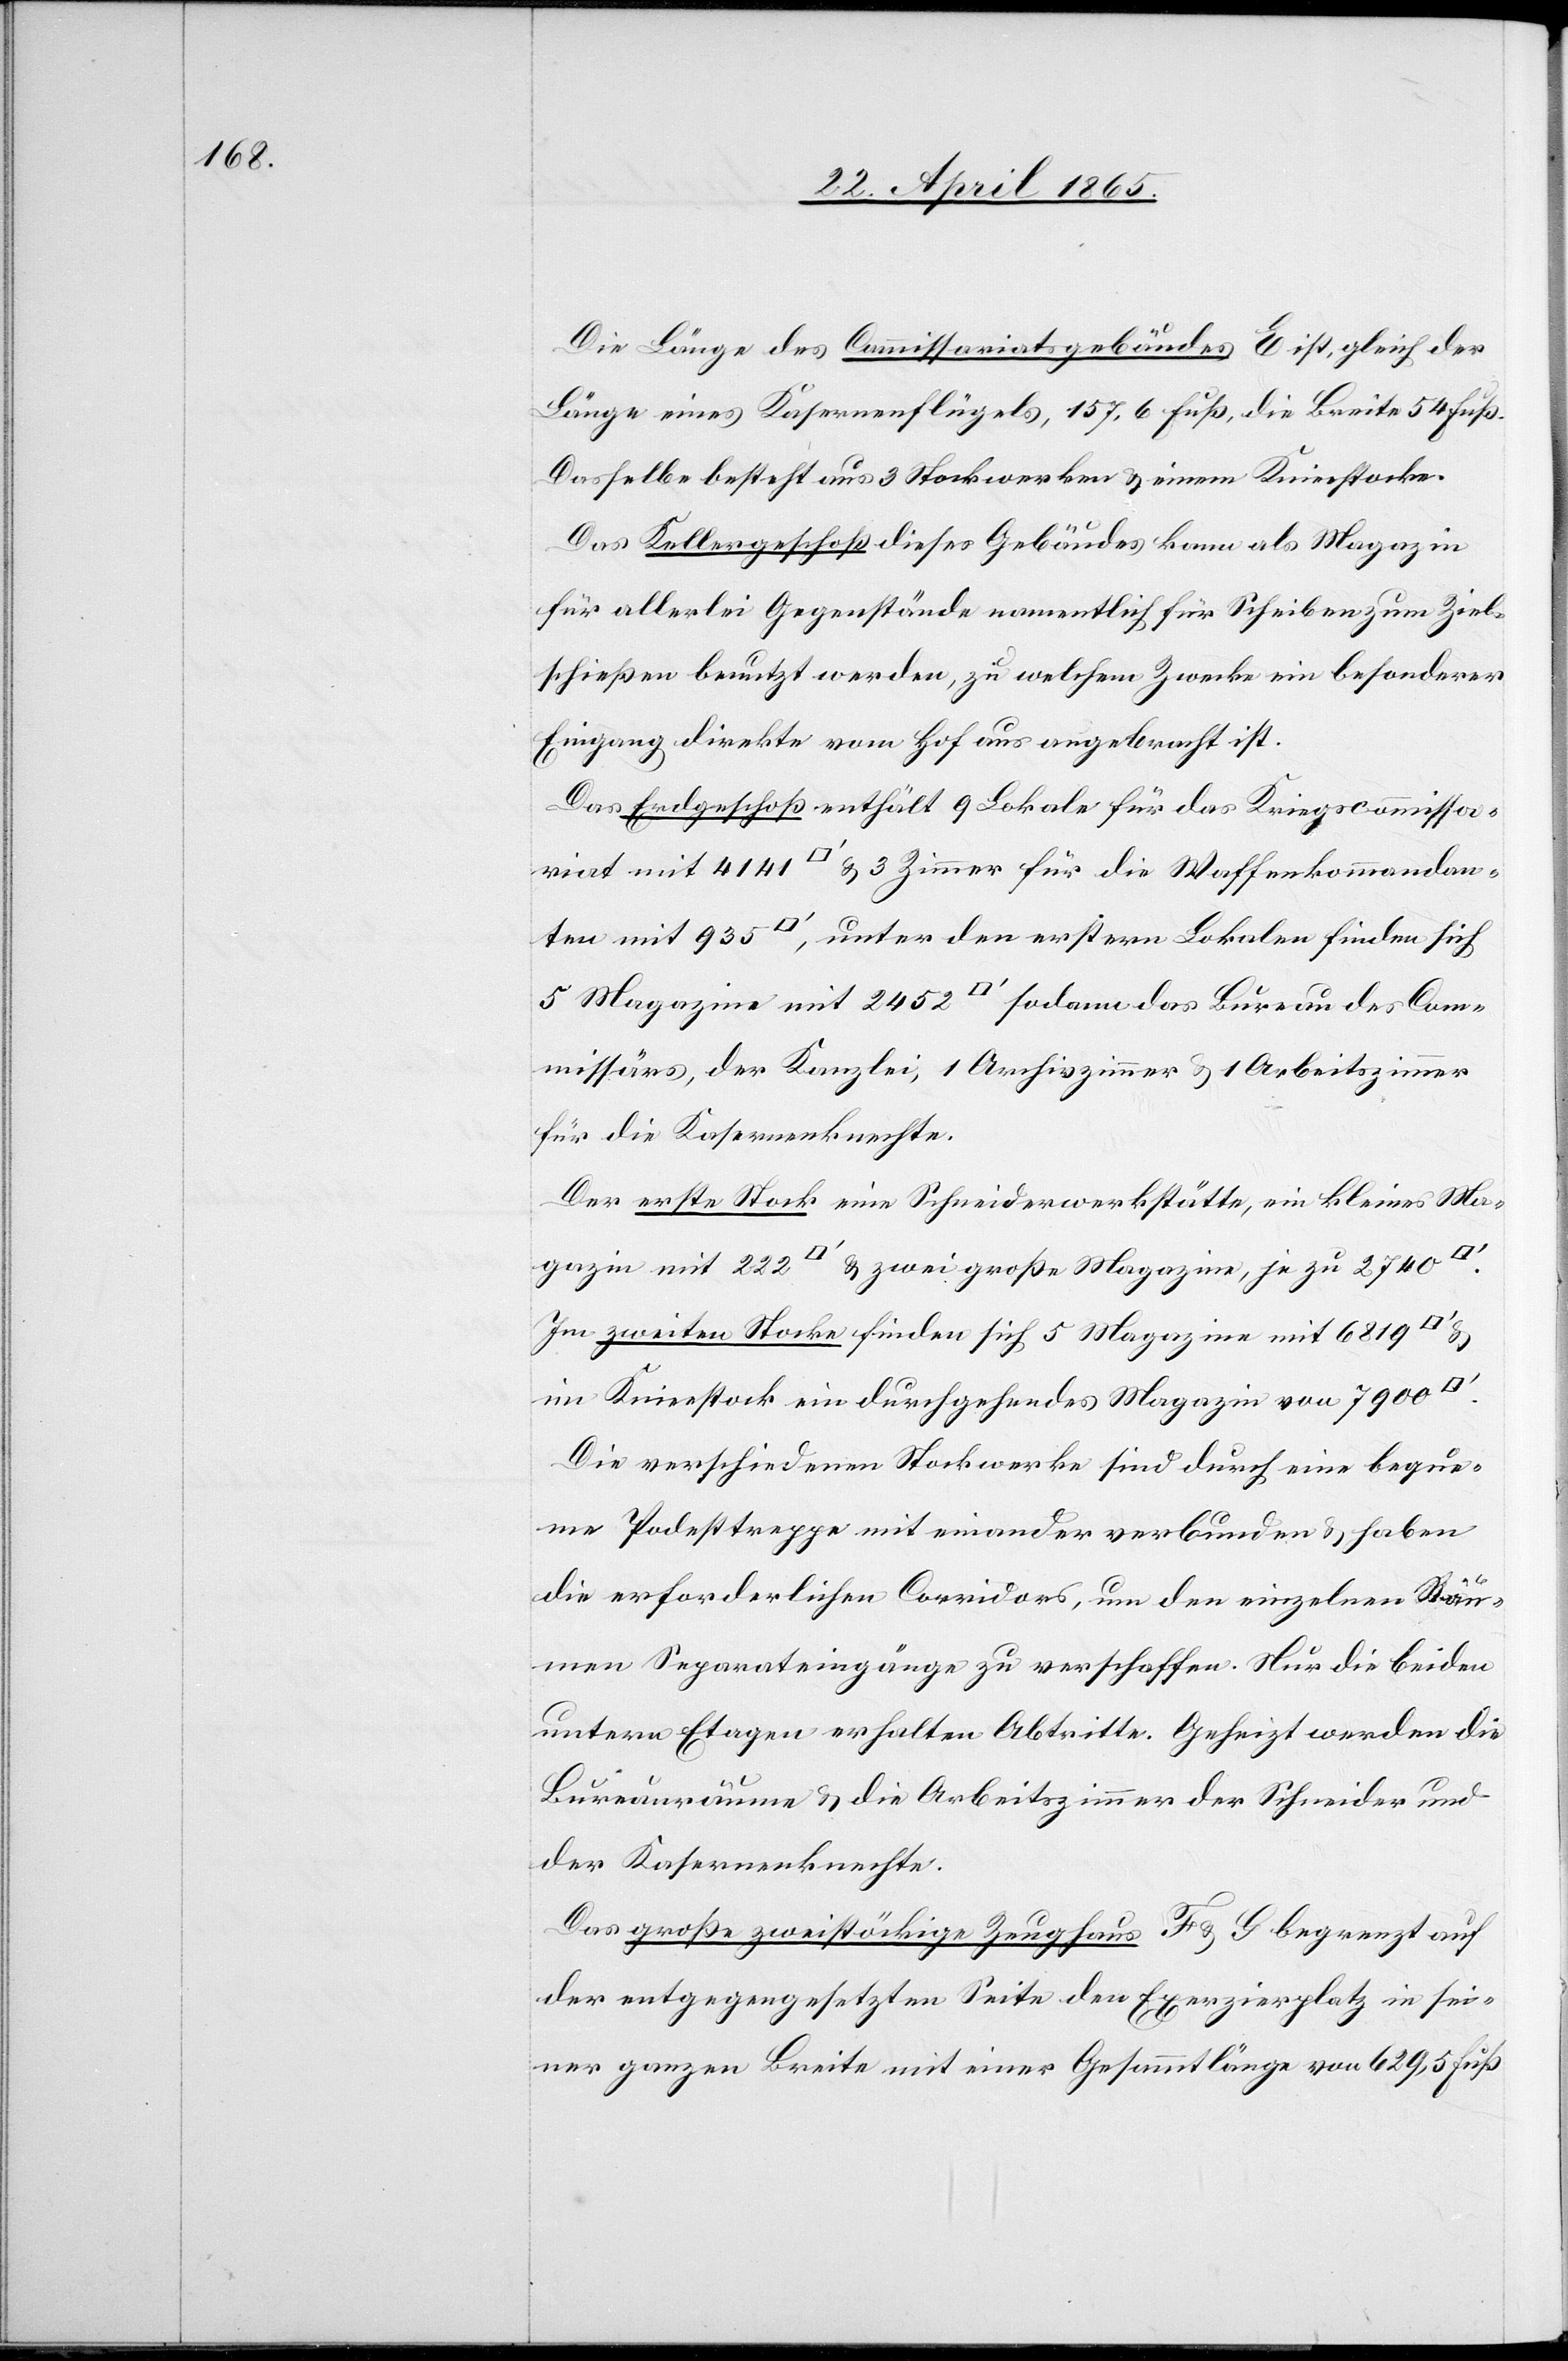
Die Länge des Commissariatsgebäudes E ist, gleich der
Länge eines Kaserneflügels, 157.6 Fuß, die Breite 54 Fuß.
Dasselbe besteht aus 3 Stockwerken & einem Knieestocke.
Das Kellergeschoß dieses Gebäudes kann als Magazin
für allerlei Gegenstände namentlich für Scheiben zum Ziel¬
schießen benutzt werden, zu welchem Zwecke ein besonderer
Eingang direkte vom Hof aus angebracht ist.
Das Erdgeschoß enthält 9 Lokale für das Kriegscommissa¬
riat mit 4141 [Quadratfuss] & 3 Zimmer für die Waffenkommandan¬
ten mit 935 [Quadratfuss], unter den erstern Lokalen finden sich
5 Magazine mit 2452 [Quadratfuss] sodann das Bureau des Com¬
missärs, der Kanzlei, 1 Archivzimmer & 1 Arbeitszimmer
für die Kasernenknechte.
Der erste Stock eine Schneiderwerkstätte, ein kleines Ma¬
gazin mit 222 [Quadratfuss] & zwei große Magazine, je zu 2740
Im zweiten Stocke finden sich 5 Magazine mit 6189
im Knieestock ein durchgehendes Magazin von 7900
Die verschiedenen Stockwerke sind durch eine beque¬
me Podesttreppe mit einander verbunden & haben
die erforderlichen Corridors, um den einzelnen Räu¬
men Separateingänge zu verschaffen. Nur die beiden
untern Etagen erhalten Abtritte. Geheizt werden die
Bureauräume & die Arbeitszimmer der Schneider und
der Kasernenknechte.
Das große zweistöckige Zeughaus F & G begrenzt auf
der entgegengesetzten Seite den Exerzierplatz in sei¬
ner ganzen Breite mit einer Gesammtlänge von 629,5 Fuß